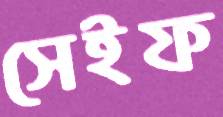
সেইফ